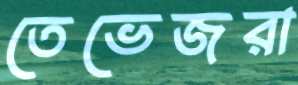
তেভেজরা